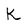
Character: K